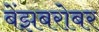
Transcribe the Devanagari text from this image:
बेंझबरोबर